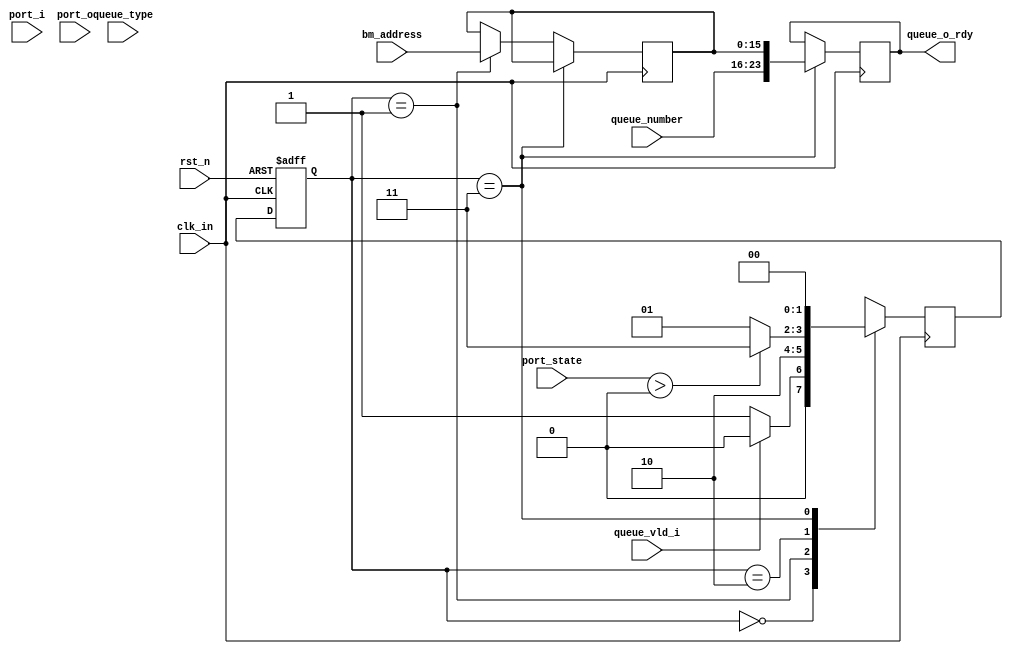
module update_output(
input 			    clk_in,
input 			    rst_n,
input   [7:0]       queue_number,
input 	[2:0]		queue_type,
input   [1:0]       port_i,
input   [15:0]      bm_address,
input               queue_vld_i,
input   [1:0]       port_o,
input   [6:0]       port_state,
output  [23:0]       queue_o_rdy
);
localparam  IDLE=2'b00;
localparam  READ_INFO=2'b01;
localparam  JUDGE=2'b10;
localparam  WRITE=2'b11;


reg [1:0] st_cur;
reg [1:0] st_next;


  always @(posedge clk_in or negedge rst_n) begin
        if (!rst_n) begin
            st_cur     <= IDLE;
        end
        else begin
            st_cur      <= st_next ;
        end
  end

reg[2:0]   queue_type_r;
reg[1:0]   port_i_r;
reg[15:0]  address_r;
reg[1:0]   info_port_r;
reg[6:0]   info_port_state_r;


always @(posedge clk_in) begin 
  case(st_cur)

	IDLE:begin
     if(!queue_vld_i) begin
	 	st_next=READ_INFO;
	 end
	 else begin
		st_next=IDLE;
	 end
	end

	READ_INFO:begin

	 st_next=JUDGE;
	end

	JUDGE:begin
    if(queue_type>3'b101) begin
    		if(port_state>7'b0) begin
				st_next=WRITE;
			end
			else begin
				st_next=READ_INFO;
			end
	end
	else begin
		if(port_state>7'b0) begin
				st_next=WRITE;
			end
			else begin
				st_next=READ_INFO;
			end
     	
	 end


	end

    WRITE:begin
     
    
	st_next=IDLE;
		  
	end

    default: st_next = IDLE;

  endcase
end
reg[23:0]   queue_o_rdy_r;
always @(posedge clk_in) begin 
		if (st_cur==WRITE) begin
			queue_o_rdy_r<= {queue_number,address_r};
		end
		else if(st_cur==READ_INFO) begin
		     queue_type_r<=queue_type;
	         port_i_r<=port_i_r;
	         address_r<=bm_address;
	         info_port_r<=port_o;
             info_port_state_r<=port_state;
        end
end

assign queue_o_rdy=queue_o_rdy_r;

endmodule